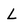
Character: L